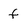
Character: f